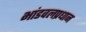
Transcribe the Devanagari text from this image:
भांडवलप्रधान